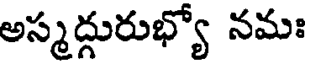
అస్మద్దురుభ్యో నమః